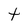
Character: t